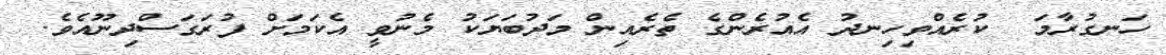
ހަނގުރާމަ  ކުރެއްވިހިނދު އެއުރެންގެ ތެރެއިން މަދުބަޔަކު މެނުވީ އެކަމަށް ފުރަގަސްދިނޫއެވެ.